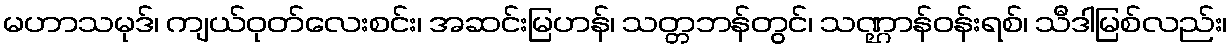
မဟာသမုဒ်၊ ကျယ်ဝုတ်လေးစင်း၊ အဆင်းမြဟန်၊ သတ္တဘန်တွင်၊ သဏ္ဌာန်ဝန်းရစ်၊ သီဒါမြစ်လည်း၊